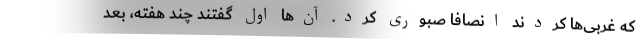
که غربی‌ها کردند انصافاً صبوری کرد. آن‌ها اوّل گفتند چند هفته، بعد